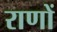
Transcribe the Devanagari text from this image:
राणों